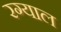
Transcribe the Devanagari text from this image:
रग्याल